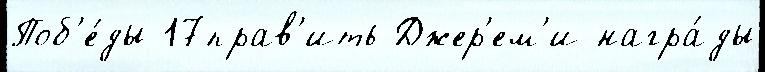
Поб'е́ды 17прав'ить Джер'ем'и награ́ды